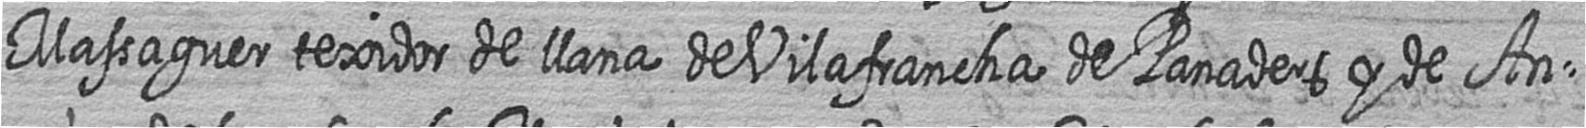
Massaguer texidor de llana de Vilafrancha de Panaders y de An=